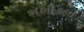
શશીકલા